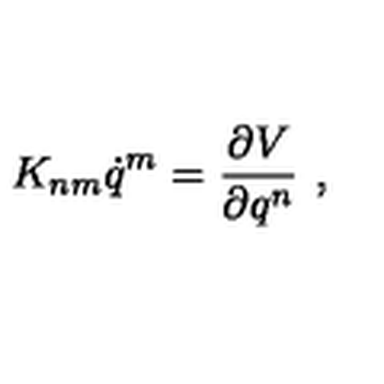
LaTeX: K _ { n m } \dot { q } ^ { m } = \frac { \partial V } { \partial q ^ { n } } \ ,